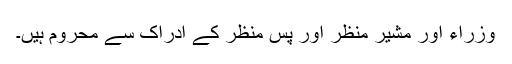
وزراء اور مُشیر منظر اور پس منظر کے ادراک سے محروم ہیں۔